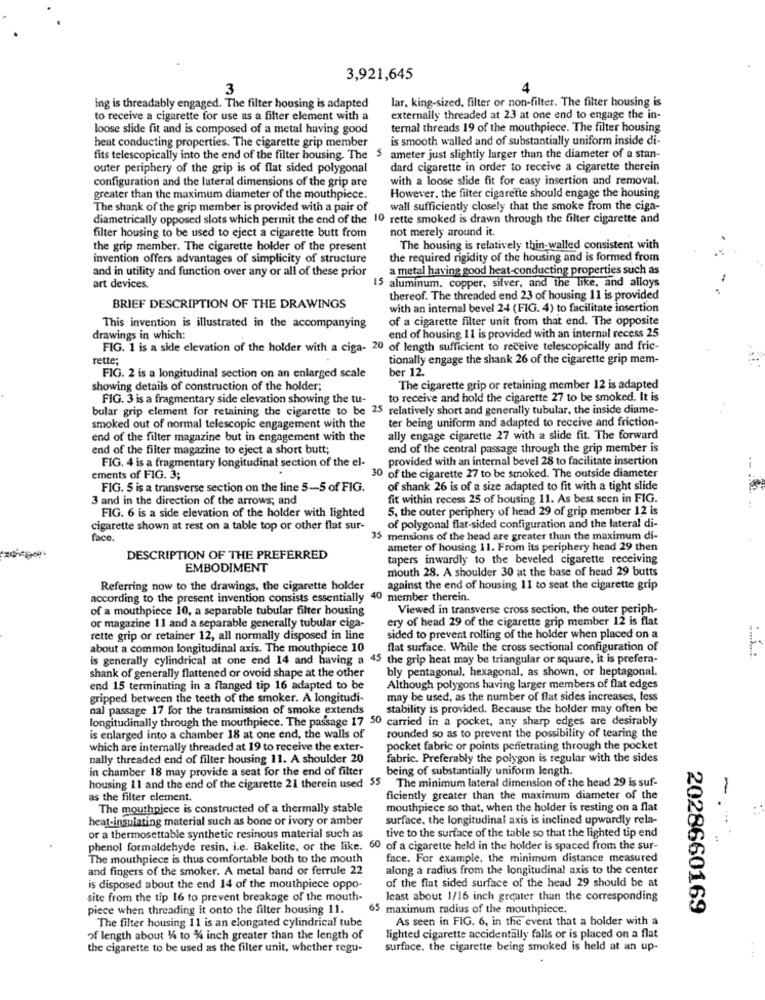
3,921,645
3
4
ing is threadably engaged. The filter housing is adapted
lar, king-sized, filter or non-filter. The filter housing is
to receive a cigarette for use as a filter element with a
externally threaded at 23 at one end to engage the in-
loose slide fit and is composed of a metal having good
ternal threads 19 of the mouthpiece. The filter housing
heat conducting properties. The cigarette grip member
is smooth walled and of substantially uniform inside di-
fits telescopically into the end of the filter housing. The $
ameter just slightly larger than the diameter of a stan-
outer periphery of the grip is of flat sided polygonal
dard cigarette in order to receive a cigarette therein
configuration and the lateral dimensions of the grip are
with a loose slide fit for easy insertion and removal.
greater than the maximum diameter of the mouthpiece.
However, the filter cigarette should engage the housing
The shank of the grip member is provided with a pair of
wall sufficiently closely that the smoke from the ciga-
diametrically opposed slots which permit the end of the 10 rette smoked is drawn through the filter cigarette and
filter housing to be used to eject a cigarette butt from
not merely around it.
the grip member. The cigarette holder of the present
The housing is relatively thin-walled consistent with
invention offers advantages of simplicity of structure
the required rigidity of the housing and is formed from
and in utility and function over any or all of these prior
a metal having good heat-conducting properties such as
aluminum, copper, silver, and the like, and alloys
art devices.
thereof. The threaded end 23 of housing 11 is provided
BRIEF DESCRIPTION OF THE DRAWINGS
with an internal bevel 24 (FIG. 4) to facilitate insertion
of a cigarette filter unit from that end. The opposite
This invention is illustrated in the accompanying
drawings in which:
end of housing 11 is provided with an internal recess 25
FIG. 1 is a side elevation of the holder with a ciga- 20 of length sufficient to receive telescopically and fric-
rette;
tionally engage the shank 26 of the cigarette grip mem-
ber 12.
FIG. 2 is a longitudinal section on an enlarged scale
showing details of construction of the holder;
The cigarette grip or retaining member 12 is adapted
FIG. 3 is a fragmentary side elevation showing the tu-
to receive and hold the cigarette 27 to be smoked. It is
bular grip element for retaining the cigarette to be 25 relatively short and generally tubular, the inside diame-
ter being uniform and adapted to receive and friction-
smoked out of normal telescopic engagement with the
end of the filter magazine but in engagement with the
ally engage cigarette 27 with a slide fit. The forward
end of the filter magazine to eject a short butt;
end of the central passage through the grip member is
provided with an internal bevel 28 to facilitate insertion
FIG. 4 is a fragmentary longitudinal section of the el-
ements of FIG. 3;
30 of the cigarette 27 to be smoked. The outside diameter
FIG. 5 is a transverse section on the line 5-5 of FIG.
of shank 26 is of a size adapted to fit with a tight slide
3 and in the direction of the arrows; and
fit within recess 25 of housing 11. As best seen in FIG.
FIG. 6 is a side elevation of the holder with lighted
5, the outer periphery of head 29 of grip member 12 is
cigarette shown at rest on a table top or other flat sur-
of polygonal flat-sided configuration and the lateral di-
face.
35 mensions of the head are greater than the maximum di-
ameter of housing 11. From its periphery head 29 then
DESCRIPTION OF THE PREFERRED
tapers inwardly to the beveled cigarette receiving
EMBODIMENT
mouth 28. A shoulder 30 at the base of head 29 butts
Referring now to the drawings, the cigarette holder
against the end of housing 11 to seat the cigarette grip
according to the present invention consists essentially 40 member therein.
of a mouthpiece 10, a separable tubular filter housing
Viewed in transverse cross section, the outer periph-
ery of head 29 of the cigarette grip member 12 is flat
or magazine 11 and a separable generally tubular ciga-
rette grip or retainer 12, all normally disposed in line
sided to prevent rolling of the holder when placed on a
about a common longitudinal axis. The mouthpiece 10
flat surface. While the cross sectional configuration of
...........
is generally cylindrical at one end 14 and having a 45 the grip heat may be triangular or square, it is prefera-
shank of generally flattened or ovoid shape at the other
bly pentagonal, hexagonal, as shown, or heptagonal.
end 15 terminating in a flanged tip 16 adapted to be
Although polygons having larger members of flat edges
gripped between the teeth of the smoker. A longitudi-
may be used, as the number of flat sides increases, less
nal passage 17 for the transmission of smoke extends
stability is provided. Because the holder may often be
longitudinally through the mouthpiece. The passage 17 50 carried in a pocket, any sharp edges are desirably
is enlarged into a chamber 18 at one end, the walls of
rounded so as to prevent the possibility of tearing the
which are internally threaded at 19 to receive the exter-
pocket fabric or points penetrating through the pocket
nally threaded end of filter housing 11. A shoulder 20
fabric. Preferably the polygon is regular with the sides
in chamber 18 may provide a seat for the end of filter
being of substantially uniform length.
housing 11 and the end of the cigarette 21 therein used 55 The minimum lateral dimension of the head 29 is suf-
as the filter clement.
ficiently greater than the maximum diameter of the
The mouthpiece is constructed of a thermally stable
mouthpiece so that, when the holder is resting on a flat
heat-insulating material such as bone or ivory or amber
surface, the longitudinal axis is inclined upwardly rela-
or a thermosettable synthetic resinous material such as
tive to the surface of the table so that the lighted tip end
---
phenol formaldehyde resin, i.e. Bakelite, or the like. 60 of a cigarette held in the holder is spaced from the sur-
The mouthpiece is thus comfortable both to the mouth
face. For example, the minimum distance measured
and fingers of the smoker. A metal band or ferrule 22
along a radius from the longitudinal axis to the center
of the flat sided surface of the head 29 should be at
is disposed about the end 14 of the mouthpiece oppo-
site from the tip 16 to prevent breakage of the mouth-
least about 1/16 inch greater than the corresponding
piece when threading it onto the filter housing 11.
65 maximum radius of the mouthpiece.
2028660169
The filter housing 11 is an elongated cylindrical tube
As seen in FIG. 6, in the event that a holder with a
of length about 14 to % inch greater than the length of
lighted cigarette accidentally falls or is placed on a flat
the cigarette to be used as the filter unit, whether regu-
surface. the cigarette being smoked is held at an up-